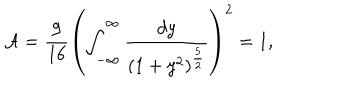
{ \cal A } = { \frac { 9 } { 1 6 } } \left( \int _ { - \infty } ^ { \infty } { \frac { d y } { ( 1 + y ^ { 2 } ) ^ { \frac { 5 } { 2 } } } } \right) ^ { 2 } = 1 ,